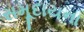
સમૂદાયના